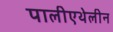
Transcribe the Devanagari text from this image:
पालीएथेलीन